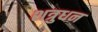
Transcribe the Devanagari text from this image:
शत्रुधन